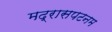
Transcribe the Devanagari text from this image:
मद्रासपटनम